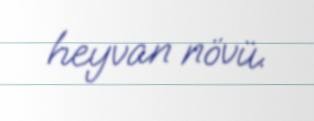
heyvan növü.